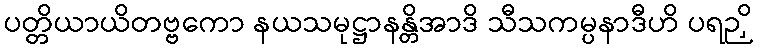
ပတ္တိယာယိတဗ္ဗကော နယသမုဋ္ဌာနန္တိအာဒိ သီသကမ္ပနာဒီဟိ ပရဉှိ